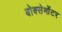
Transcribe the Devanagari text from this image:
बोक्सेर्मोटर